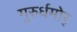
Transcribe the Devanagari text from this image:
गुरुर्धमोर्